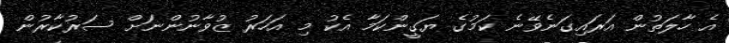
އެ ހާލަތުން އަރައިގަނެވޭނެ ކަމުގެ ޔަގީންކަމާ އެކު މި އަހަރު ޒުވާނުންނަށް ސަރުކާރުން